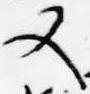
又